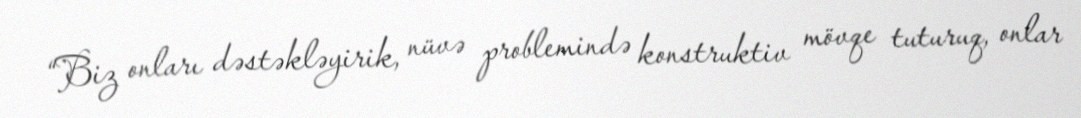
“Biz onları dəstəkləyirik, nüvə problemində konstruktiv mövqe tuturuq, onlar